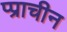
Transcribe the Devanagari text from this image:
प्प्राचीन